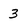
Character: 3